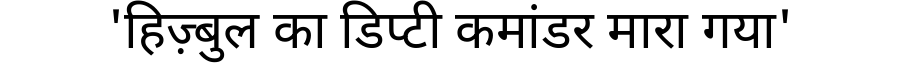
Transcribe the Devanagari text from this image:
'हिज़्बुल का डिप्टी कमांडर मारा गया'